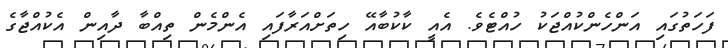
ފަހަތުގައި އަންހެންކުއްޖަކު ހުއްޓެވެ. އެއީ ކާކުބާއޭ ހިތަށްއަރާފައި އެންމެން ތިއްބާ ދާއިން އެކުއްޖާގެ